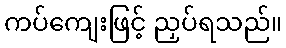
ကပ်ကျေးဖြင့် ညှပ်ရသည်။